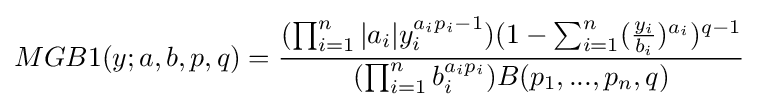
MGB1(y;a,b,p,q)={\frac {(\prod _{i=1}^{n}|a_{i}|y_{i}^{a_{i}p_{i}-1})(1-\sum _{i=1}^{n}({\frac {y_{i}}{b_{i}}})^{a_{i}})^{q-1}}{(\prod _{i=1}^{n}b_{i}^{a_{i}p_{i}})B(p_{1},...,p_{n},q)}}